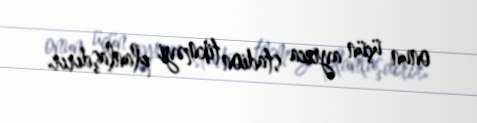
onun üçün ayrıca stadion tikməyi planlaşdırır.